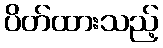
ပိတ်ထားသည့်